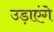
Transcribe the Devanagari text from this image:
उड़ाएंगे